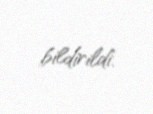
bildirildi.